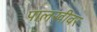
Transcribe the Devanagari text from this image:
पालखीवर